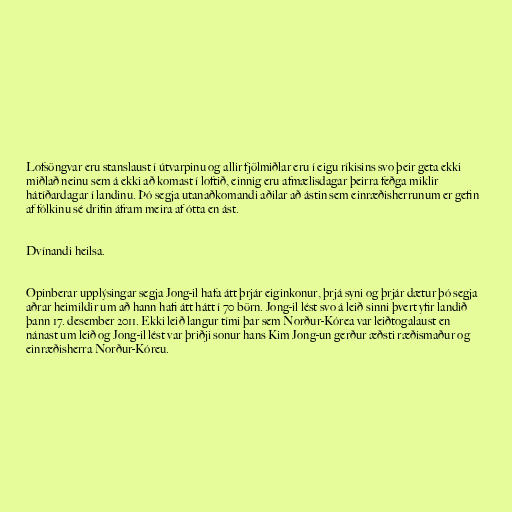
Lofsöngvar eru stanslaust í útvarpinu og allir fjölmiðlar eru í eigu ríkisins svo þeir geta ekki
miðlað neinu sem á ekki að komast í loftið, einnig eru afmælisdagar þeirra feðga miklir
hátíðardagar í landinu. Þó segja utanaðkomandi aðilar að ástin sem einræðisherrunum er gefin
af fólkinu sé drifin áfram meira af ótta en ást.

Dvínandi heilsa.

Opinberar upplýsingar segja Jong-il hafa átt þrjár eiginkonur, þrjá syni og þrjár dætur þó segja
aðrar heimildir um að hann hafi átt hátt í 70 börn. Jong-il lést svo á leið sinni þvert yfir landið
þann 17. desember 2011. Ekki leið langur tími þar sem Norður-Kórea var leiðtogalaust en
nánast um leið og Jong-il lést var þriðji sonur hans Kim Jong-un gerður æðsti ræðismaður og
einræðisherra Norður-Kóreu.